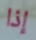
إذا